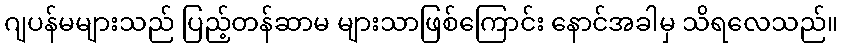
ဂျပန်မများသည် ပြည့်တန်ဆာမ များသာဖြစ်ကြောင်း နောင်အခါမှ သိရလေသည်။